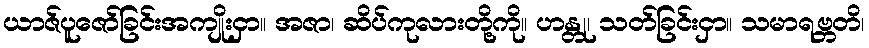
ယာဇ်ပူဇော်ခြင်းအကျိုးငှာ။ အဇာ၊ ဆိပ်ကုလားတို့ကို။ ဟန္တု၊ သတ်ခြင်းငှာ။ သမာရဗ္ဘတိ၊